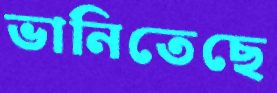
ভানিতেছে